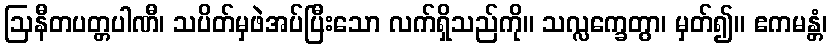
ဩနီတပတ္တပါဏီ၊ သပိတ်မှဖဲအပ်ပြီးသော လက်ရှိသည်ကို။ သလ္လက္ခေတွာ၊ မှတ်၍။ ဧကမန္တံ၊